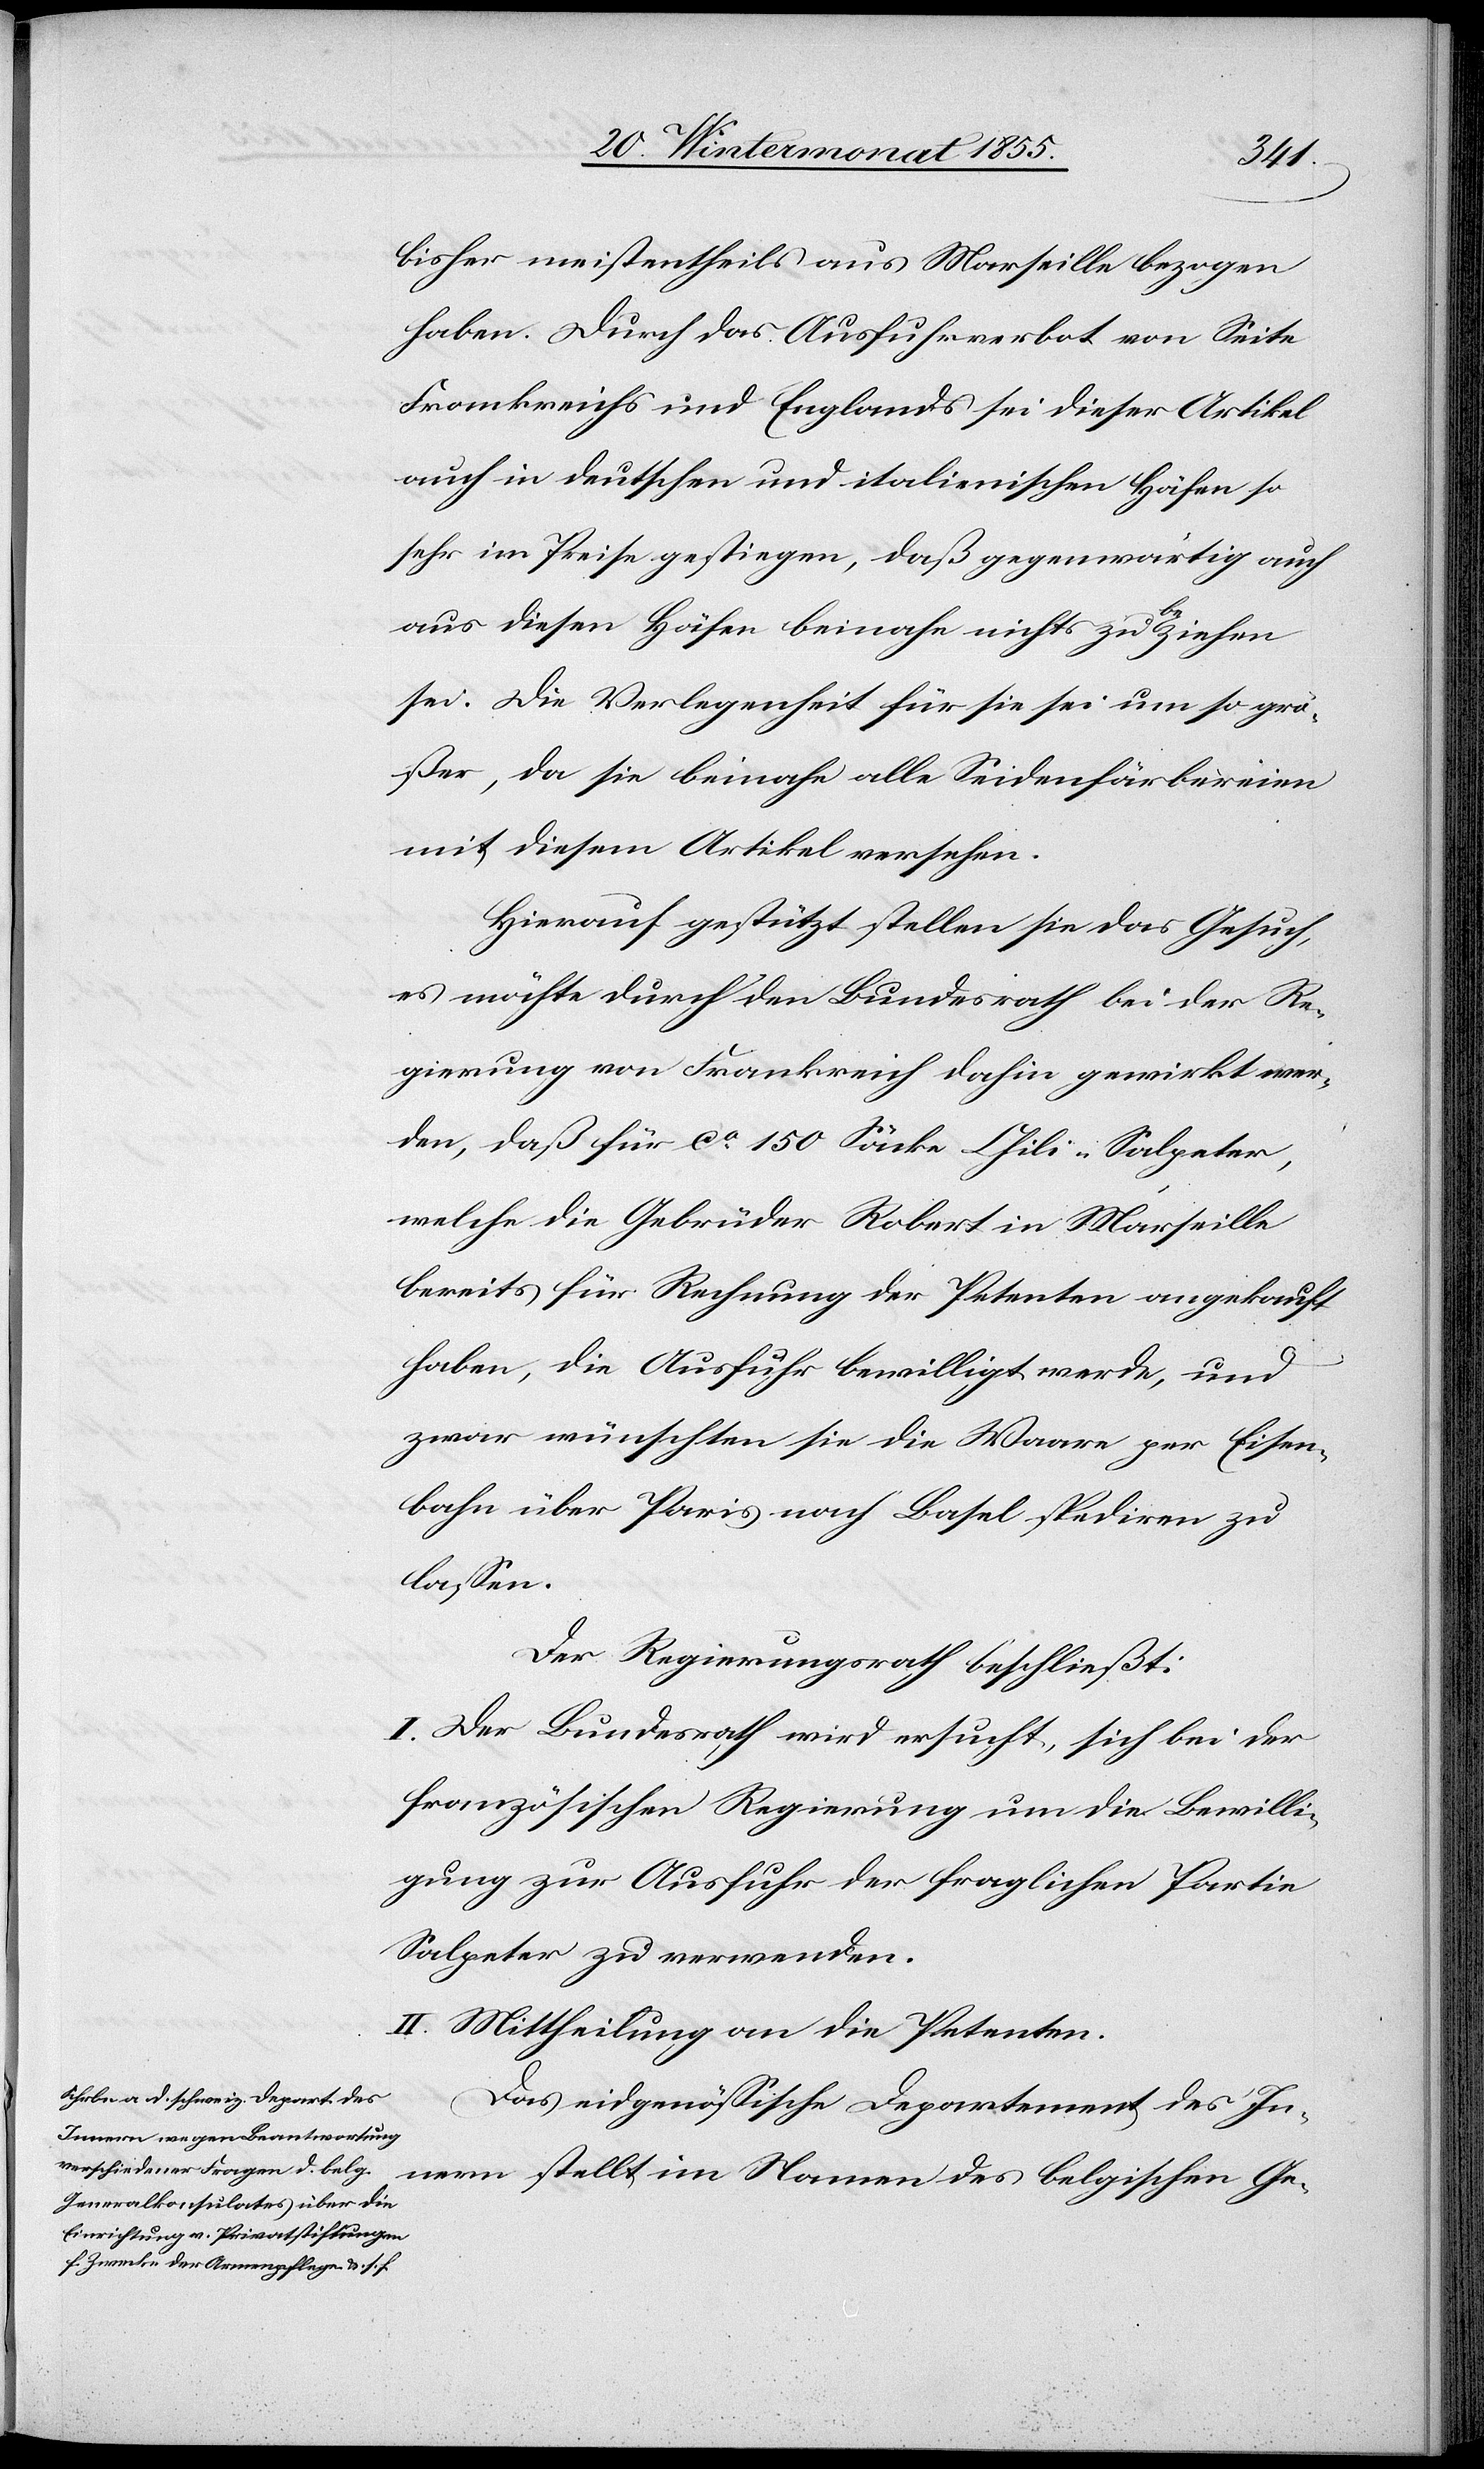
bisher meistentheils aus Marseille bezogen
haben. Durch das Ausfuhrverbot von Seite
Frankreichs und Englands sei dieser Artikel
auch in deutschen und italienischen Häfen so
sehr im Preise gestiegen, daß gegenwärtig auch
aus diesen Häfen beinahe nichts zu beziehen
sei. Die Verlegenheit für sie sei um so grö¬
ßer, da sie beinahe alle Seidenfärbereien
mit diesem Artikel versehen.
Hierauf gestützt stellen sie das Gesuch,
es möchte durch den Bundesrath bei der Re¬
gierung von Frankreich dahin gewirkt wer¬
den, daß für ca. 150 Säcke Chili-Salpeter,
welche die Gebrüder Robert in Marseille
bereits für Rechnung der Petenten angekauft
haben, die Ausfuhr bewilligt werde, und
zwar wünschten sie die Waare per Eisen¬
bahn über Paris nach Basel spediren zu
lassen.
Der Regierungsrath beschließt:
I. Der Bundesrath wird ersucht, sich bei der
französischen Regierung um die Bewilli¬
gung zur Ausfuhr der fraglichen Partie
Salpeter zu verwenden.
II. Mittheilung an die Petenten.
Das eidgenössische Departement des In¬
nern stellt im Namen des belgischen Ge-